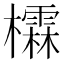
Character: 𪴖